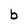
Character: b